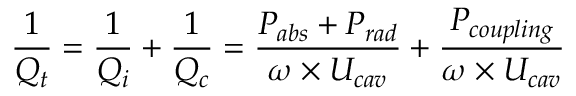
\frac { 1 } { Q _ { t } } = \frac { 1 } { Q _ { i } } + \frac { 1 } { Q _ { c } } = \frac { P _ { a b s } + P _ { r a d } } { \omega \times { U _ { c a v } } } + \frac { P _ { c o u p l i n g } } { \omega \times { U _ { c a v } } }